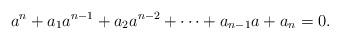
LaTeX: \begin{align*}a^n+a_1a^{n-1}+a_2a^{n-2}+\cdots + a_{n-1}a + a_n =0.\end{align*}